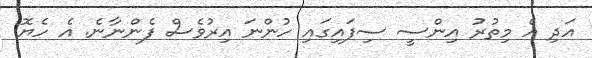
އަދި އެ މިތުރު އިންސީ ސިފައިގައި ހުންނަ އިރުވެސް ފެންނާނެ. އެ ހެޔޮ